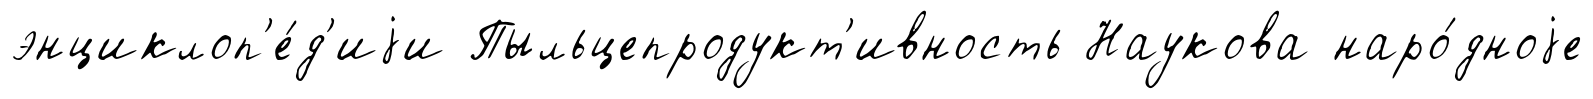
энциклоп'е́д'иjи Пыльцепродукт'ивность Наукова наро́дноjе